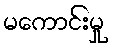
မကောင်းမှု